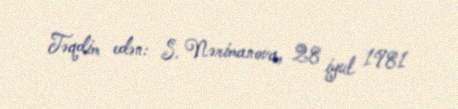
Təqdim edən: S. Nərimanova, 28 iyul 1981